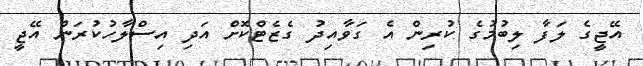
އޭޖީގެ ލަފާ ލިބުމުގެ ކުރިން އެ ގަވާއިދު ގެޒެޓްކޮށް އަދި އިސްލާހުކުރަން އޭޖީ